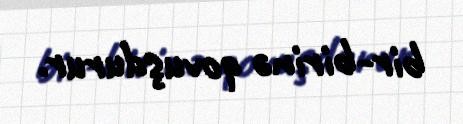
bir-birinə qovuşdurur.